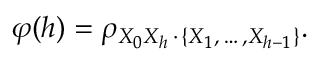
\varphi ( h ) = \rho _ { X _ { 0 } X _ { h } \, \cdot \, \{ X _ { 1 } , \, \dots \, , X _ { h - 1 } \} } .